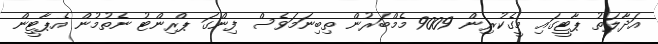
އަދާލަތު ޕާޓީގައި މީގެކުރިން 9009 މެމްބަރުން ތިބިނަމަވެސް ފިންގަ ޕްރިންޓު ނެތުމުން އެޕާޓީން